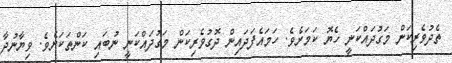
ތެދުވެރިކަން މަގުދައްކަނީ ހެޔޮ ކަމަށެވެ. ހަމައެފަދައިން ދޮގުވެރިކަން މަގުދައްކަނީ ނުބައި ކަންތަކަށެވެ. ވިޔާނުދާ